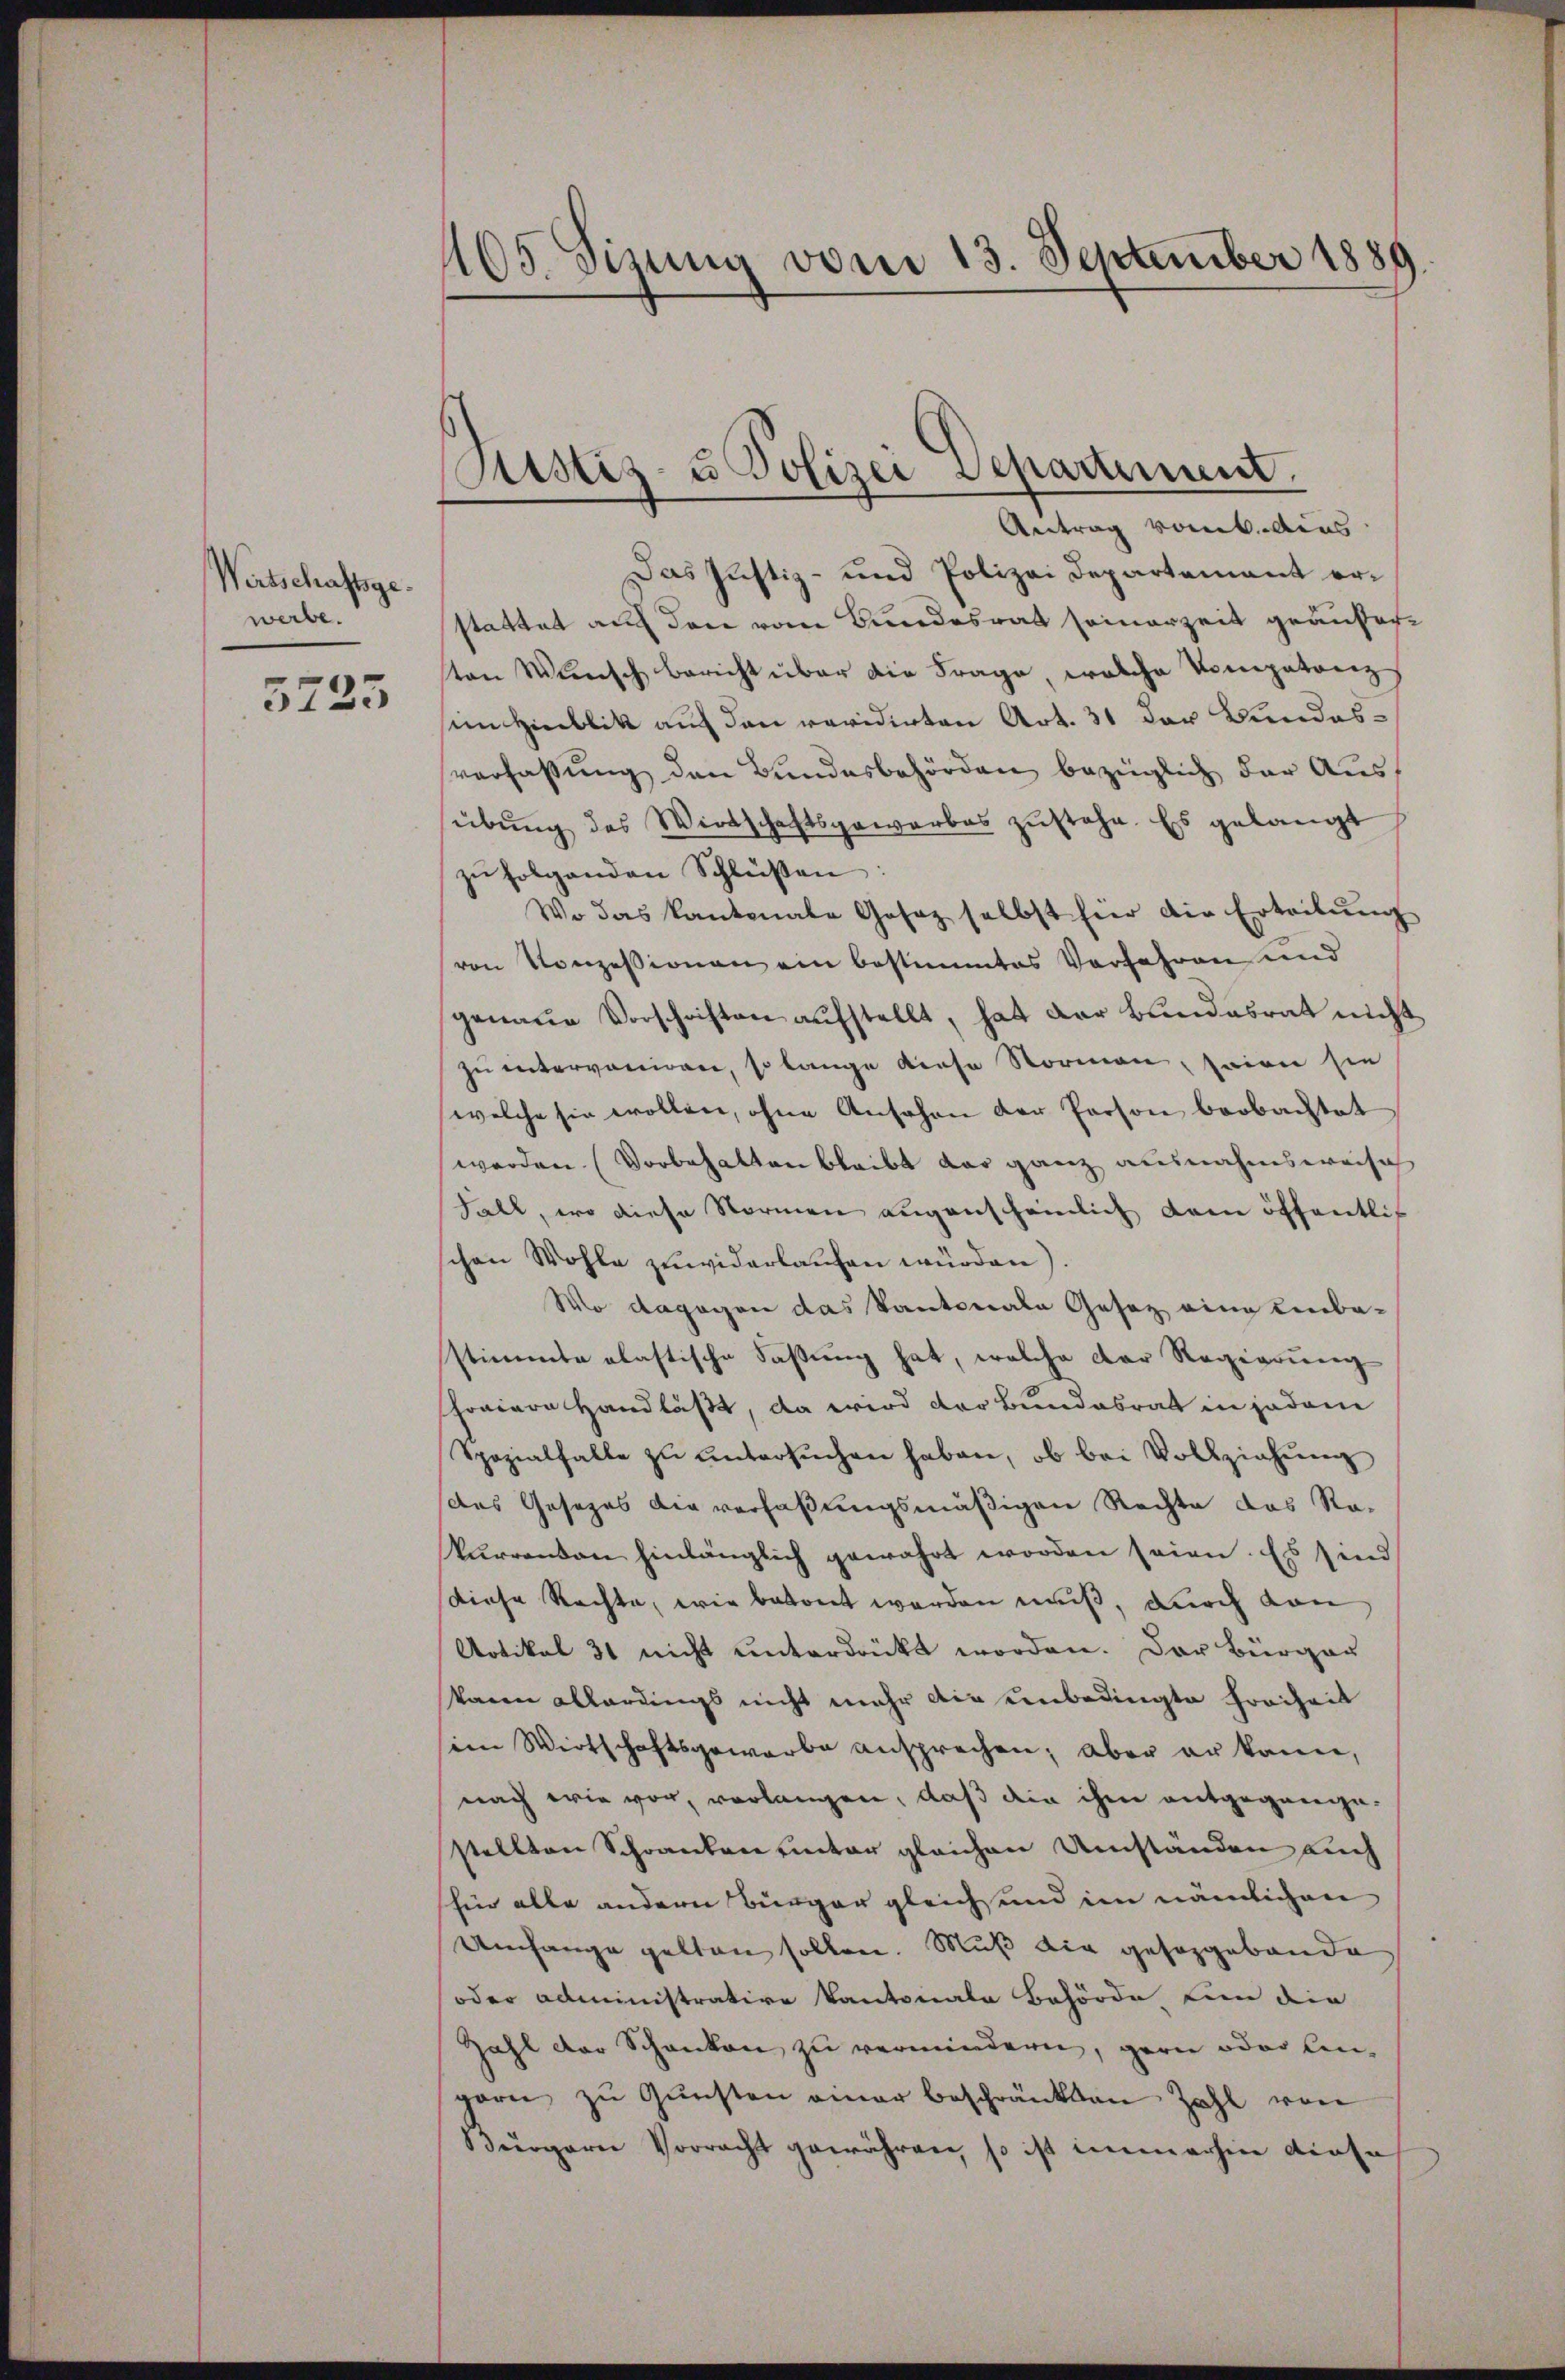
Wirtschaftsgewerbe.

5223

1405. Sizung vom 13. September 1889.

Sistiz- u Polizei Separtement.
Antrag vom 6. dies

Das Justiz- und Polizei Departement erstattet auf den vom Bundesrat seinerzeit geäußerton Wünsch bericht über die Frage, welche Kompetenz
im Hinblik auf den revidirten Art. 31 der Bundesverfassung den Bundesbehörden bezüglich der Aussübŭng des Wirtschaftsgewarbes zŭstehe. Es gelangt
zu folgenden Schlüßen
Wo das Kantonale Gesez selbst hier die Erteilŭng
von Konzessionen ein bestimmtes Verfahren und
genaue Vorschriften aufstellt, hat der Bundesrat nicht
zu interveniren, so lange diese Normen, seien sie
welche sie wollen, ohne Ansehen der Person beobachtet
werden. (Vorbehalten bleibt dar ganz ausnahmsweise
Fall, wo diese Stormen augenscheinlich dem öffentlich
chen Wohle zuwiderlaufen würden)
Wo dagegen das Kantonale Gesez eine Einba-
stimmte olastische Faßung hat, welche der Regierung
honiere Handläßt, da wird der Bundabrat in jedem
Spozialfalle zu untersŭchen haben, ob bei Vollziehung
das Gesetzes die verfaßungsmäßigen Rechte das Ro-
kurrenden hinlänglich gewahrt worden seien. Es sind
diese Rechte, wie betont werden muß, durch dan
Artikel 31 nicht unterdrückt worden. Der Bürger
kann allerdings nicht mehr die unbedingte Freiheit
im Wirtschaftsgewarbe ansprechen; aber er kann,
nach wie vor, verlangen, daß die ihm entgegange-
stellten Schranken unter gleichen Umständen auch
hin alle andern Bürger gleich und im nämlichen
Umfange gelten sollen. Muß die gesorgebande
oder administrative Kantonale Behörde von die
Zahl der Schanken zu vermindern, gern oder An-
garn zŭ Gŭnsten einer beschränkten Zahl von
Bürgern Vorracht gewähren, so ist immerhin dieses